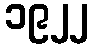
၁၉၂၂